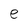
Character: e